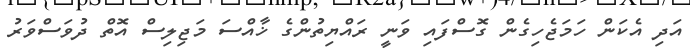
އަދި އެކަން ހަމަޖެހިގެން ގޮސްފައި ވަނީ ރައްޔިތުންގެ ޚާއްސަ މަޖިލިސް އޮތް ދުވަސްވަރު